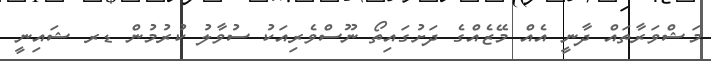
މަޝްވަރާތައް ދާނީ އެއް މޭޒެއްގެ ދަށުގައިތޯ ނޫސްވެރިއަކު ސުވާލު ކުރުމުން ޑރ ޝައިނީ